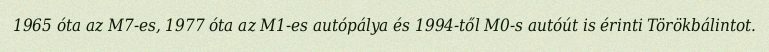
1965 óta az M7-es, 1977 óta az M1-es autópálya és 1994-től M0-s autóút is érinti Törökbálintot.